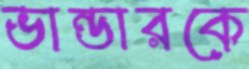
ভান্ডারকে